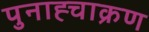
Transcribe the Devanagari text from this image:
पुनाह्चाक्रण